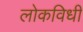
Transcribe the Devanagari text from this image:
लोकविधी